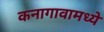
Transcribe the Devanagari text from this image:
कनागावामध्ये